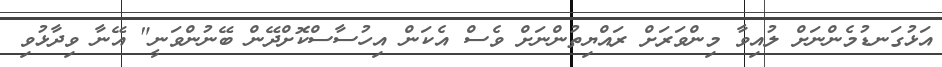
އަޅުގަނޑުމެންނަށް ލުއިވާ މިންވަރަށް ރައްޔިތުންނަށް ވެސް އެކަން އިހުސާސްކޮށްދޭން ބޭނުންވަނީ" އޭނާ ވިދާޅުވި